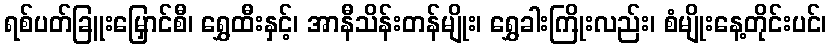
ရစ်ပတ်ခြူးမြှောင်စီ၊ ရွှေထီးနှင့်၊ အာနီသိန်းတန်မျိုး၊ ရွှေခါးကြိုးလည်း၊ စံမျိုးနေ့တိုင်းပင်၊